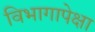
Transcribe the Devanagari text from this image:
विभागापेक्षा